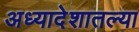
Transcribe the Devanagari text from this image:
अध्यादेशातल्या